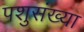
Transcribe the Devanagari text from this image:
पशुसंख्या